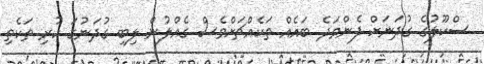
ސްކޫލުގެ ގުދަނަށް ފެންވަދެ ބައެއް ތަކެއްޗަށްވެސް ގެއްލުން ލިބި ގުދަނުގަ ހުރި ތަކެތި